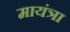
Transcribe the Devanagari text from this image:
मायंत्रा